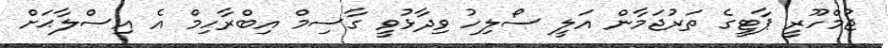
ޖުމްހޫރީ ޕާޓީގެ ތަރުޖަމާން އަލީ ސޯލިހު ވިދާޅުވީ ގާސިމް އިބްރާހިމް އެ އިސްލާޙަށް